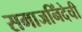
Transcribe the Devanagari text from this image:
समाजनिंदेची